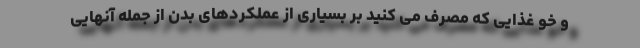
و خو غذایی که مصرف می کنید بر بسیاری از عملکردهای بدن از جمله آنهایی